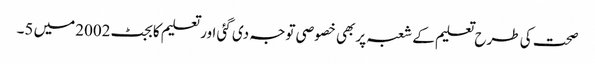
صحت کی طرح تعلیم کے شعبہ پر بھی خصوصی توجہ دی گئی اور تعلیم کا بجٹ2002میں 5۔